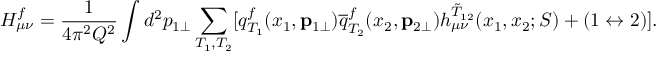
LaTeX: H _ { \mu \nu } ^ { f } = \frac { 1 } { 4 \pi ^ { 2 } Q ^ { 2 } } \int d ^ { 2 } p _ { 1 \perp } \sum _ { T _ { 1 } , T _ { 2 } } [ q _ { T _ { 1 } } ^ { f } ( x _ { 1 } , { \bf p } _ { 1 \perp } ) { \overline { { q } } } _ { T _ { 2 } } ^ { f } ( x _ { 2 } , { \bf p } _ { 2 \perp } ) h _ { \mu \nu } ^ { \tilde { T } _ { 1 2 } } ( x _ { 1 } , x _ { 2 } ; S ) + ( 1 \leftrightarrow 2 ) ] .